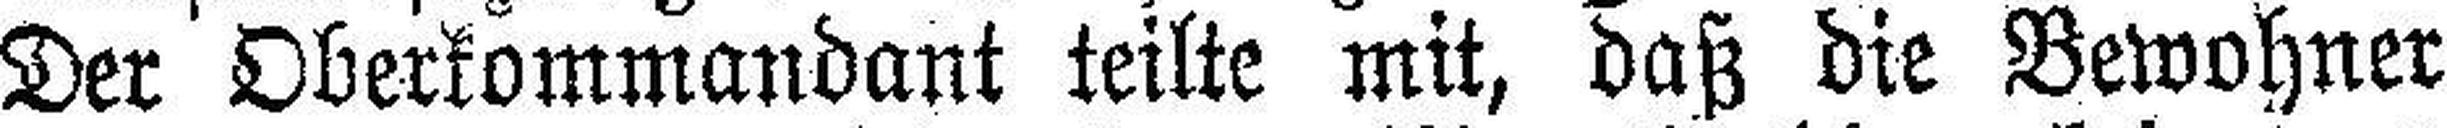
Der Oberkommandant teilte mit, daß die Bewohner